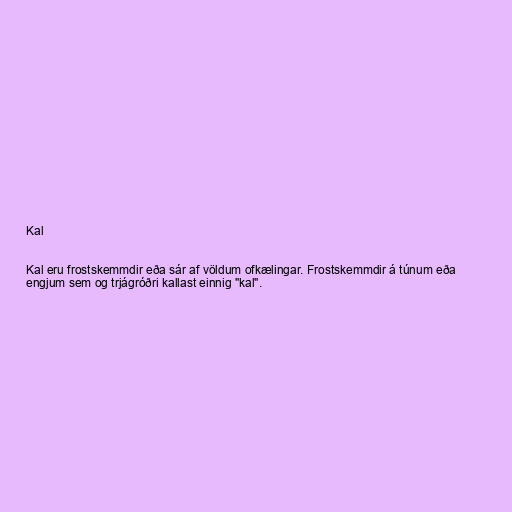
Kal

Kal eru frostskemmdir eða sár af völdum ofkælingar. Frostskemmdir á túnum eða
engjum sem og trjágróðri kallast einnig "kal".